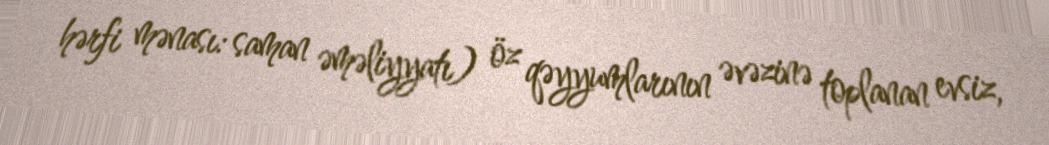
hərfi mənası: saman əməliyyatı) öz qəyyumlarının əvəzinə toplanan evsiz,